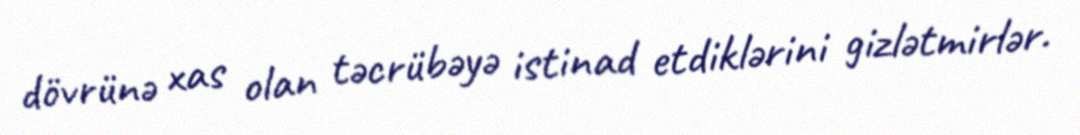
dövrünə xas olan təcrübəyə istinad etdiklərini gizlətmirlər.